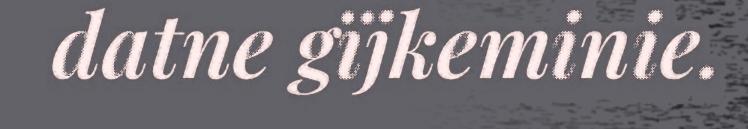
datne gïjkeminie.